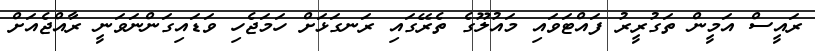
ރައީސް އަމީން ތަގުރީރު ފައްޓަވައި މައުލޫގެ ތެެރޭގައި ރަނގަޅަށް ހަމަޖެހި ވަޑައިގަންނަވަނީ ރާއްޖެއަށް